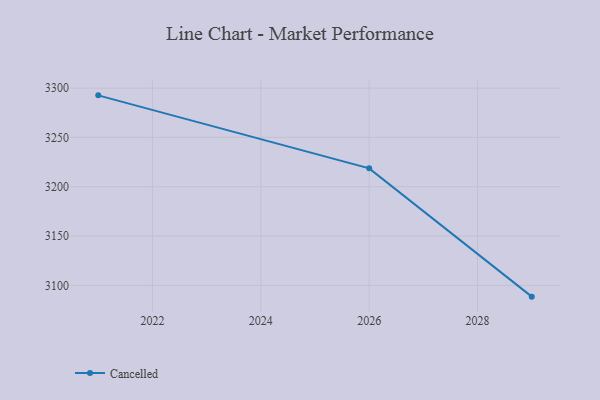
{"axis": {"x": "Year", "y": "Operating Costs (USD K)"}, "legend": ["Cancelled"], "data": [{"x": "2029", "y": 3088.6, "type": "Cancelled"}, {"x": "2026", "y": 3218.6, "type": "Cancelled"}, {"x": "2021", "y": 3292.6, "type": "Cancelled"}]}